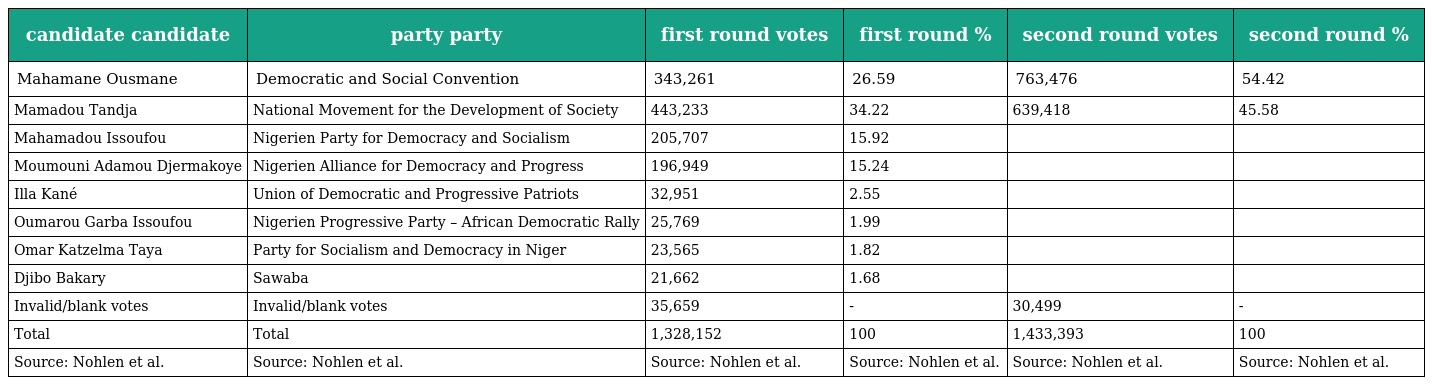
| candidate candidate | party party | first round votes | first round % | second round votes | second round % |
 | --- | --- | --- | --- | --- | --- |
 | Mahamane Ousmane | Democratic and Social Convention | 343,261 | 26.59 | 763,476 | 54.42 |
 | Mamadou Tandja | National Movement for the Development of Society | 443,233 | 34.22 | 639,418 | 45.58 |
 | Mahamadou Issoufou | Nigerien Party for Democracy and Socialism | 205,707 | 15.92 |  |  |
 | Moumouni Adamou Djermakoye | Nigerien Alliance for Democracy and Progress | 196,949 | 15.24 |  |  |
 | Illa Kané | Union of Democratic and Progressive Patriots | 32,951 | 2.55 |  |  |
 | Oumarou Garba Issoufou | Nigerien Progressive Party – African Democratic Rally | 25,769 | 1.99 |  |  |
 | Omar Katzelma Taya | Party for Socialism and Democracy in Niger | 23,565 | 1.82 |  |  |
 | Djibo Bakary | Sawaba | 21,662 | 1.68 |  |  |
 | Invalid/blank votes | Invalid/blank votes | 35,659 | - | 30,499 | - |
 | Total | Total | 1,328,152 | 100 | 1,433,393 | 100 |
 | Source: Nohlen et al. | Source: Nohlen et al. | Source: Nohlen et al. | Source: Nohlen et al. | Source: Nohlen et al. | Source: Nohlen et al. |